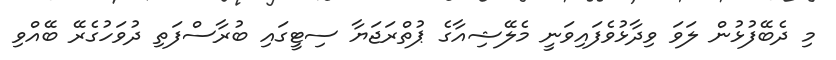
މި ދެބޭފުޅުން ލަވަ ވިދާޅުވެފައިވަނީ މެލޭޝިއާގެ ޕުތްރަޖަޔާ ސިޓީގައި ބުރާސްފަތި ދުވަހުގެރޭ ބޭއްވި